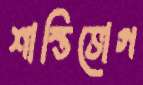
শাস্তিভোগ